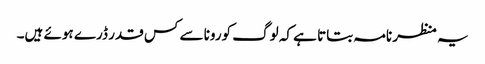
یہ منظر نامہ بتاتا ہے کہ لوگ کورونا سے کس قدر ڈرے ہوئے ہیں۔